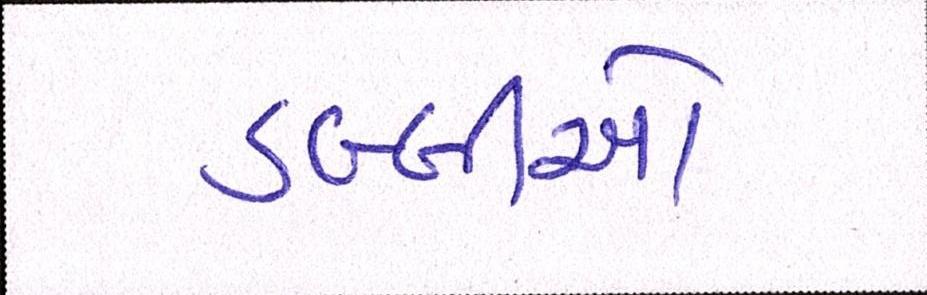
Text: ડબ્બીઓ